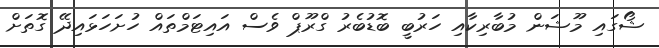
ޝޯގައި މޫޝަން މުބާރިކާއި ހަރުބީ ބޮޑުބެރު ގްރޫޕް ވެސް އައިޓަމްތައް ހުށަހަޅައިދޭ ގޮތަށް